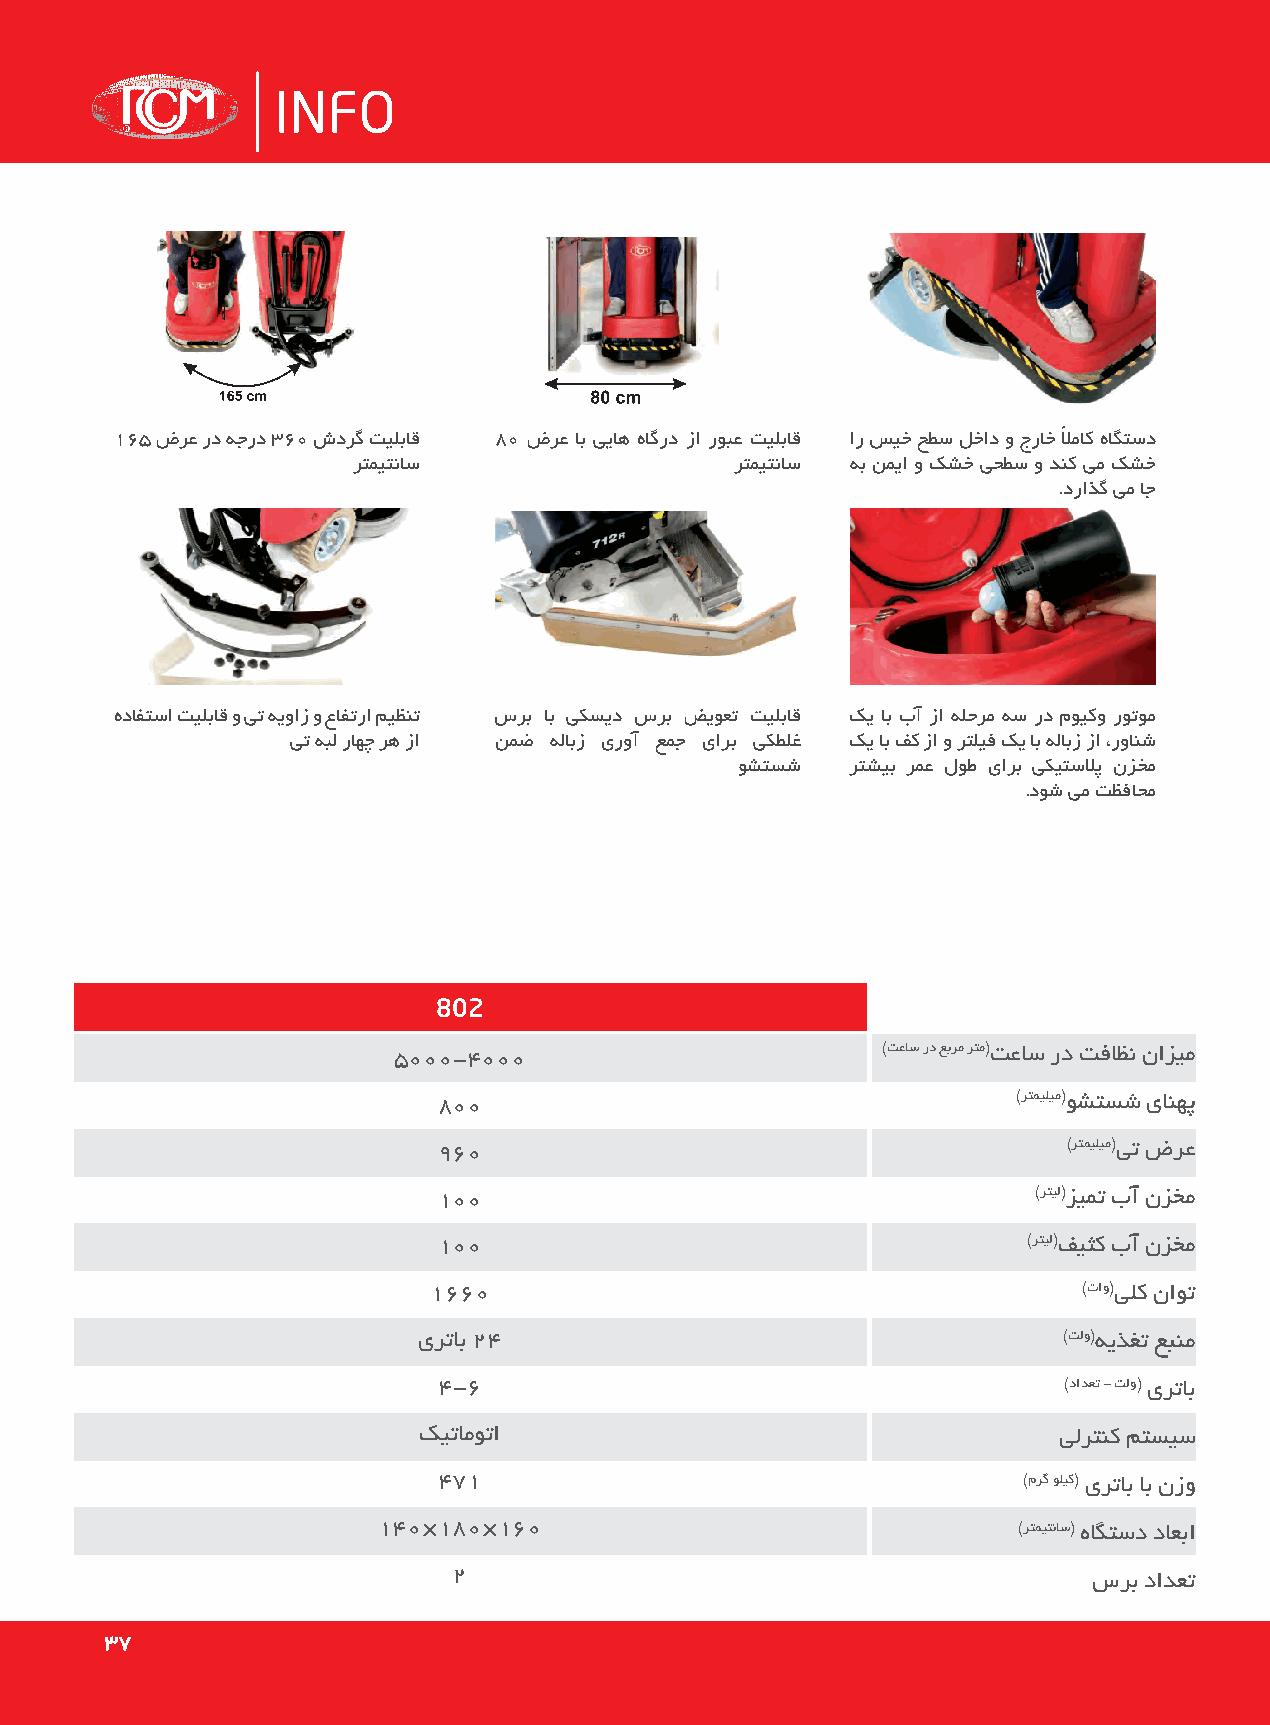
INFO
 165 ضرع رد هجرد 360 شدرگ تیلباق 80 ضرع اب ییاه هاگرد زا روبع تیلباق ار سیخ حطس لخاد و جراخ ًلاماک هاگتسد
 رتمیتناس                  رتمیتناس هب نمیا و کشخ یحطس و دنک یم کشخ
 .دراذگ یم اج
 هدافتسا تیلباق و یت هیواز و عافترا میظنت سرب اب یکسید سرب ضیوعت تیلباق کی اب بآ زا هلحرم هس رد مویکو روتوم
 یت هبل راهچ ره زا نمض هلابز یروآ عمج یارب یکطلغ کی اب فک زا و رتلیف کی اب هلابز زا ،روانش
 وشتسش  رتشیب رمع لوط یارب یکیتسلاپ نزخم
 .دوش یم تظفاحم
 802
 5000-4000                       )تعاس رد عبرم رتم(تعاس رد تفاظن نازیم
 800                                   )رتمیلیم(وشتسش یانهپ
 960                                       )رتمیلیم(یت ضرع
 100                                     )رتیل(زیمت بآ نزخم
 100                                    )رتیل(فیثک بآ نزخم
 1660                                        )تاو(یلک ناوت
 یرتاب 24                                  )تلو(هیذغت عبنم
 4-6                                      )دادعت - تلو( یرتاب
 کیتاموتا                                  یلرتنک متسیس
 471                                    )مرگ ولیک( یرتاب اب نزو
 140×180×160                               )رتمیتناس( هاگتسد داعبا
 2                                         سرب دادعت
 3377